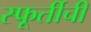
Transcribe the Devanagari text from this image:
स्फूर्तीची